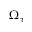
\Omega _ { \tau }